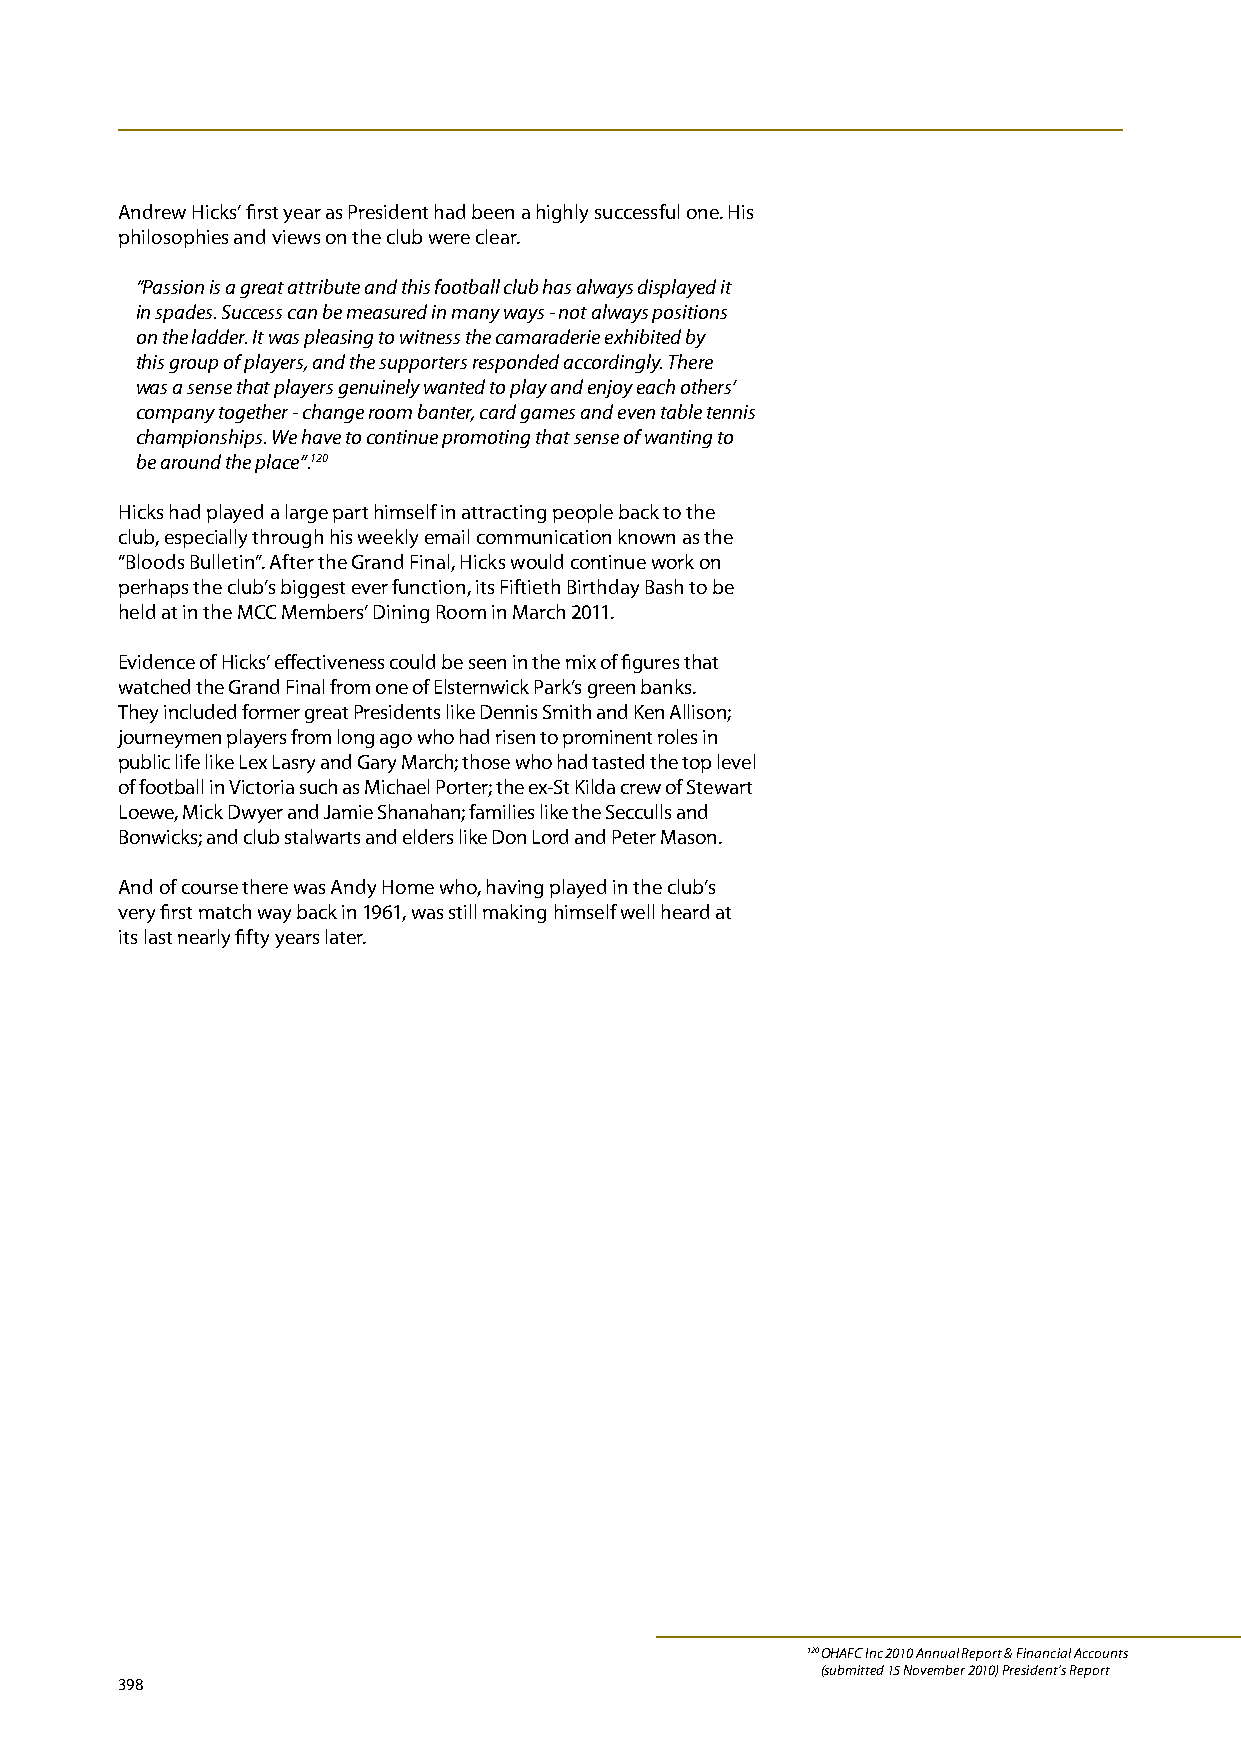
Andrew Hicks’ first year as President had been a highly successful one. His
 philosophies and views on the club were clear.
 “Passion is a great attribute and this football club has always displayed it
 in spades. Success can be measured in many ways - not always positions
 on the ladder. It was pleasing to witness the camaraderie exhibited by
 this group of players, and the supporters responded accordingly. There
 was a sense that players genuinely wanted to play and enjoy each others’
 company together - change room banter, card games and even table tennis
 championships. We have to continue promoting that sense of wanting to
 be around the place”.120
 Hicks had played a large part himself in attracting people back to the
 club, especially through his weekly email communication known as the
 “Bloods Bulletin”. After the Grand Final, Hicks would continue work on
 perhaps the club’s biggest ever function, its Fiftieth Birthday Bash to be
 held at in the MCC Members’ Dining Room in March 2011.
 Evidence of Hicks’ effectiveness could be seen in the mix of figures that
 watched the Grand Final from one of Elsternwick Park’s green banks.
 They included former great Presidents like Dennis Smith and Ken Allison;
 journeymen players from long ago who had risen to prominent roles in
 public life like Lex Lasry and Gary March; those who had tasted the top level
 of football in Victoria such as Michael Porter; the ex-St Kilda crew of Stewart
 Loewe, Mick Dwyer and Jamie Shanahan; families like the Secculls and
 Bonwicks; and club stalwarts and elders like Don Lord and Peter Mason.
 And of course there was Andy Home who, having played in the club’s
 very first match way back in 1961, was still making himself well heard at
 its last nearly fifty years later.
 120 O HAFC Inc 2010 Annual Report & Financial Accounts
 (submitted 15 November 2010) President’s Report
 398